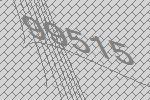
99515